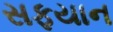
સફયાન